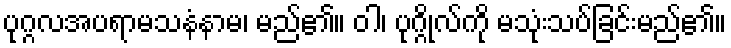
ပုဂ္ဂလအပရာမသနံနာမ၊ မည်၏။ ဝါ၊ ပုဂ္ဂိုလ်ကို မသုံးသပ်ခြင်းမည်၏။